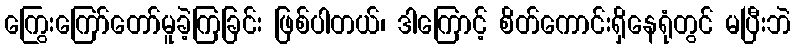
ကြွေးကြော်တော်မူခဲ့ကြခြင်း ဖြစ်ပါတယ်၊ ဒါကြောင့် စိတ်ကောင်းရှိနေရုံတွင် မပြီးဘဲ